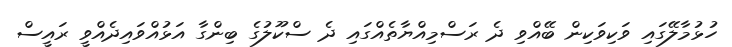
ހުޅުމާލޭގައި ވަކިވަކިން ބޭއްވި ދެ ރަސްމިއްޔާތެއްގައި ދެ ސްކޫލުގެ ބިންގާ އަޅުއްވައިދެއްވީ ރައީސް